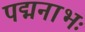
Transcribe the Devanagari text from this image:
पद्मनाभः